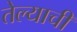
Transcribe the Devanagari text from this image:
तेल्याची